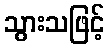
သွားသဖြင့်